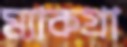
ম্যাকগ্রা